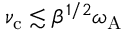
\nu _ { \mathrm { c } } \lesssim \beta ^ { 1 / 2 } \omega _ { \mathrm { A } }